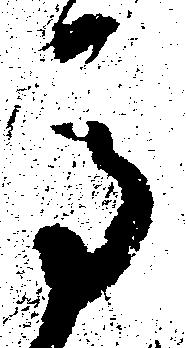
馬